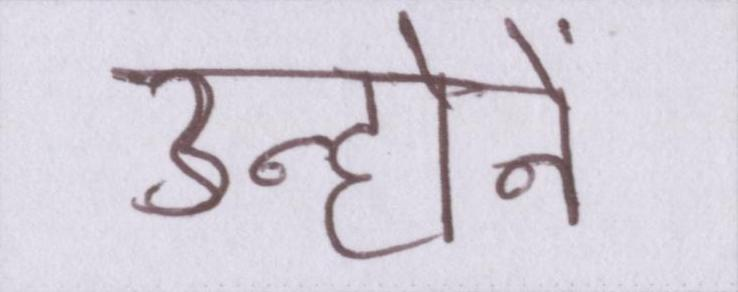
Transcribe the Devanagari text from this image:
उन्होनें